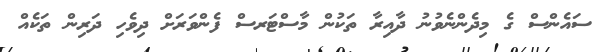
ސައެންސް ގެ މިދެންނެވުނު ދާއިރާ ތަކުން މާސްޓަރސް ފެންވަަރަށް ދިވެހި ދަރިން ތަކެއް